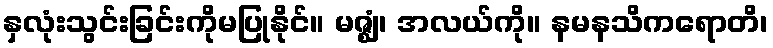
နှလုံးသွင်းခြင်းကိုမပြုနိုင်။ မဇ္ဈံ၊ အလယ်ကို။ နမနသိကရောတိ၊